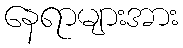
နေရာများအား